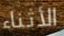
الأثناء